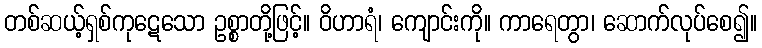
တစ်ဆယ့်ရှစ်ကုဋေသော ဥစ္စာတို့ဖြင့်။ ဝိဟာရံ၊ ကျောင်းကို။ ကာရေတွာ၊ ဆောက်လုပ်စေ၍။